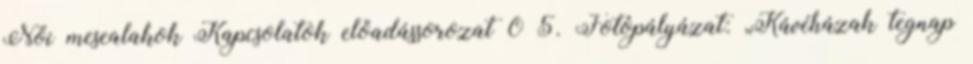
Női mesealakok Kapcsolatok előadássorozat 0 5. Fotópályázat: „Kávéházak tegnap